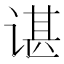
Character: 谌